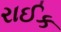
રાઈક